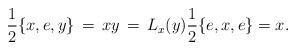
LaTeX: \begin{align*}\frac{1}{2} \{x,e,y\}\,=\, xy\,=\,L_x(y) \frac{1}{2} \{e,x,e \}=x.\end{align*}